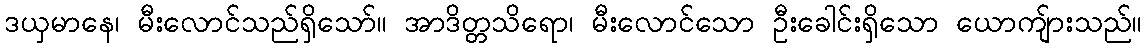
ဒယှမာနေ၊ မီးလောင်သည်ရှိသော်။ အာဒိတ္တသိရော၊ မီးလောင်သော ဦးခေါင်းရှိသော ယောကျ်ားသည်။